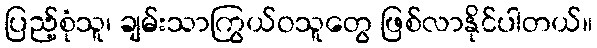
ပြည့်စုံသူ၊ ချမ်းသာကြွယ်ဝသူတွေ ဖြစ်လာနိုင်ပါတယ်။